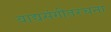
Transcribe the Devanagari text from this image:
वाद्यसंगीतरचना